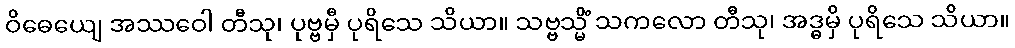
ဝိဓေယျေ အဿဝေါ တီသု၊ ပုဗ္ဗမှီ ပုရိသေ သိယာ။ သဗ္ဗသ္မိံ သကလော တီသု၊ အဒ္ဓမှိ ပုရိသေ သိယာ။